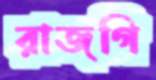
রাজগি